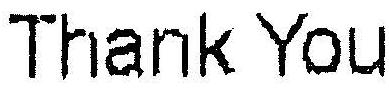
THANK YOU